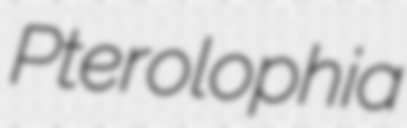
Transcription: Pterolophia